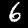
Digit: 6